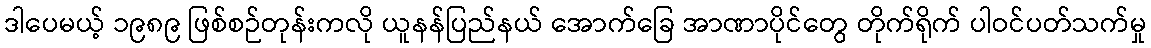
ဒါပေမယ့် ၁၉၈၉ ဖြစ်စဉ်တုန်းကလို ယူနန်ပြည်နယ် အောက်ခြေ အာဏာပိုင်တွေ တိုက်ရိုက် ပါဝင်ပတ်သက်မှု